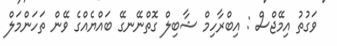
ވަގުތު އިމޭޖްސް : އިބްރާހިމް ޝާބިލް ގޮތްނޭނގޭ ބައްޔެއްގެ ވޭން ތަހަންމަލް